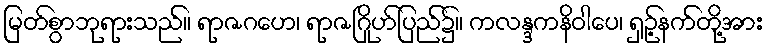
မြတ်စွာဘုရားသည်။ ရာဇဂဟေ၊ ရာဇဂြိုဟ်ပြည်၌။ ကလန္ဒကနိဝါပေ၊ ရှဉ့်နက်တို့အား